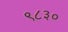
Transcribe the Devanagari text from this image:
९८३०